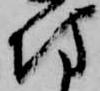
坊